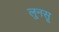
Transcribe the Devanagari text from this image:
लुनसू